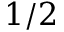
1 / 2